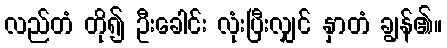
လည်တံ တို၍ ဦးခေါင်း လုံးပြီးလျှင် နှာတံ ချွန်၏။